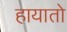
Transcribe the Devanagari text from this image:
हायातो